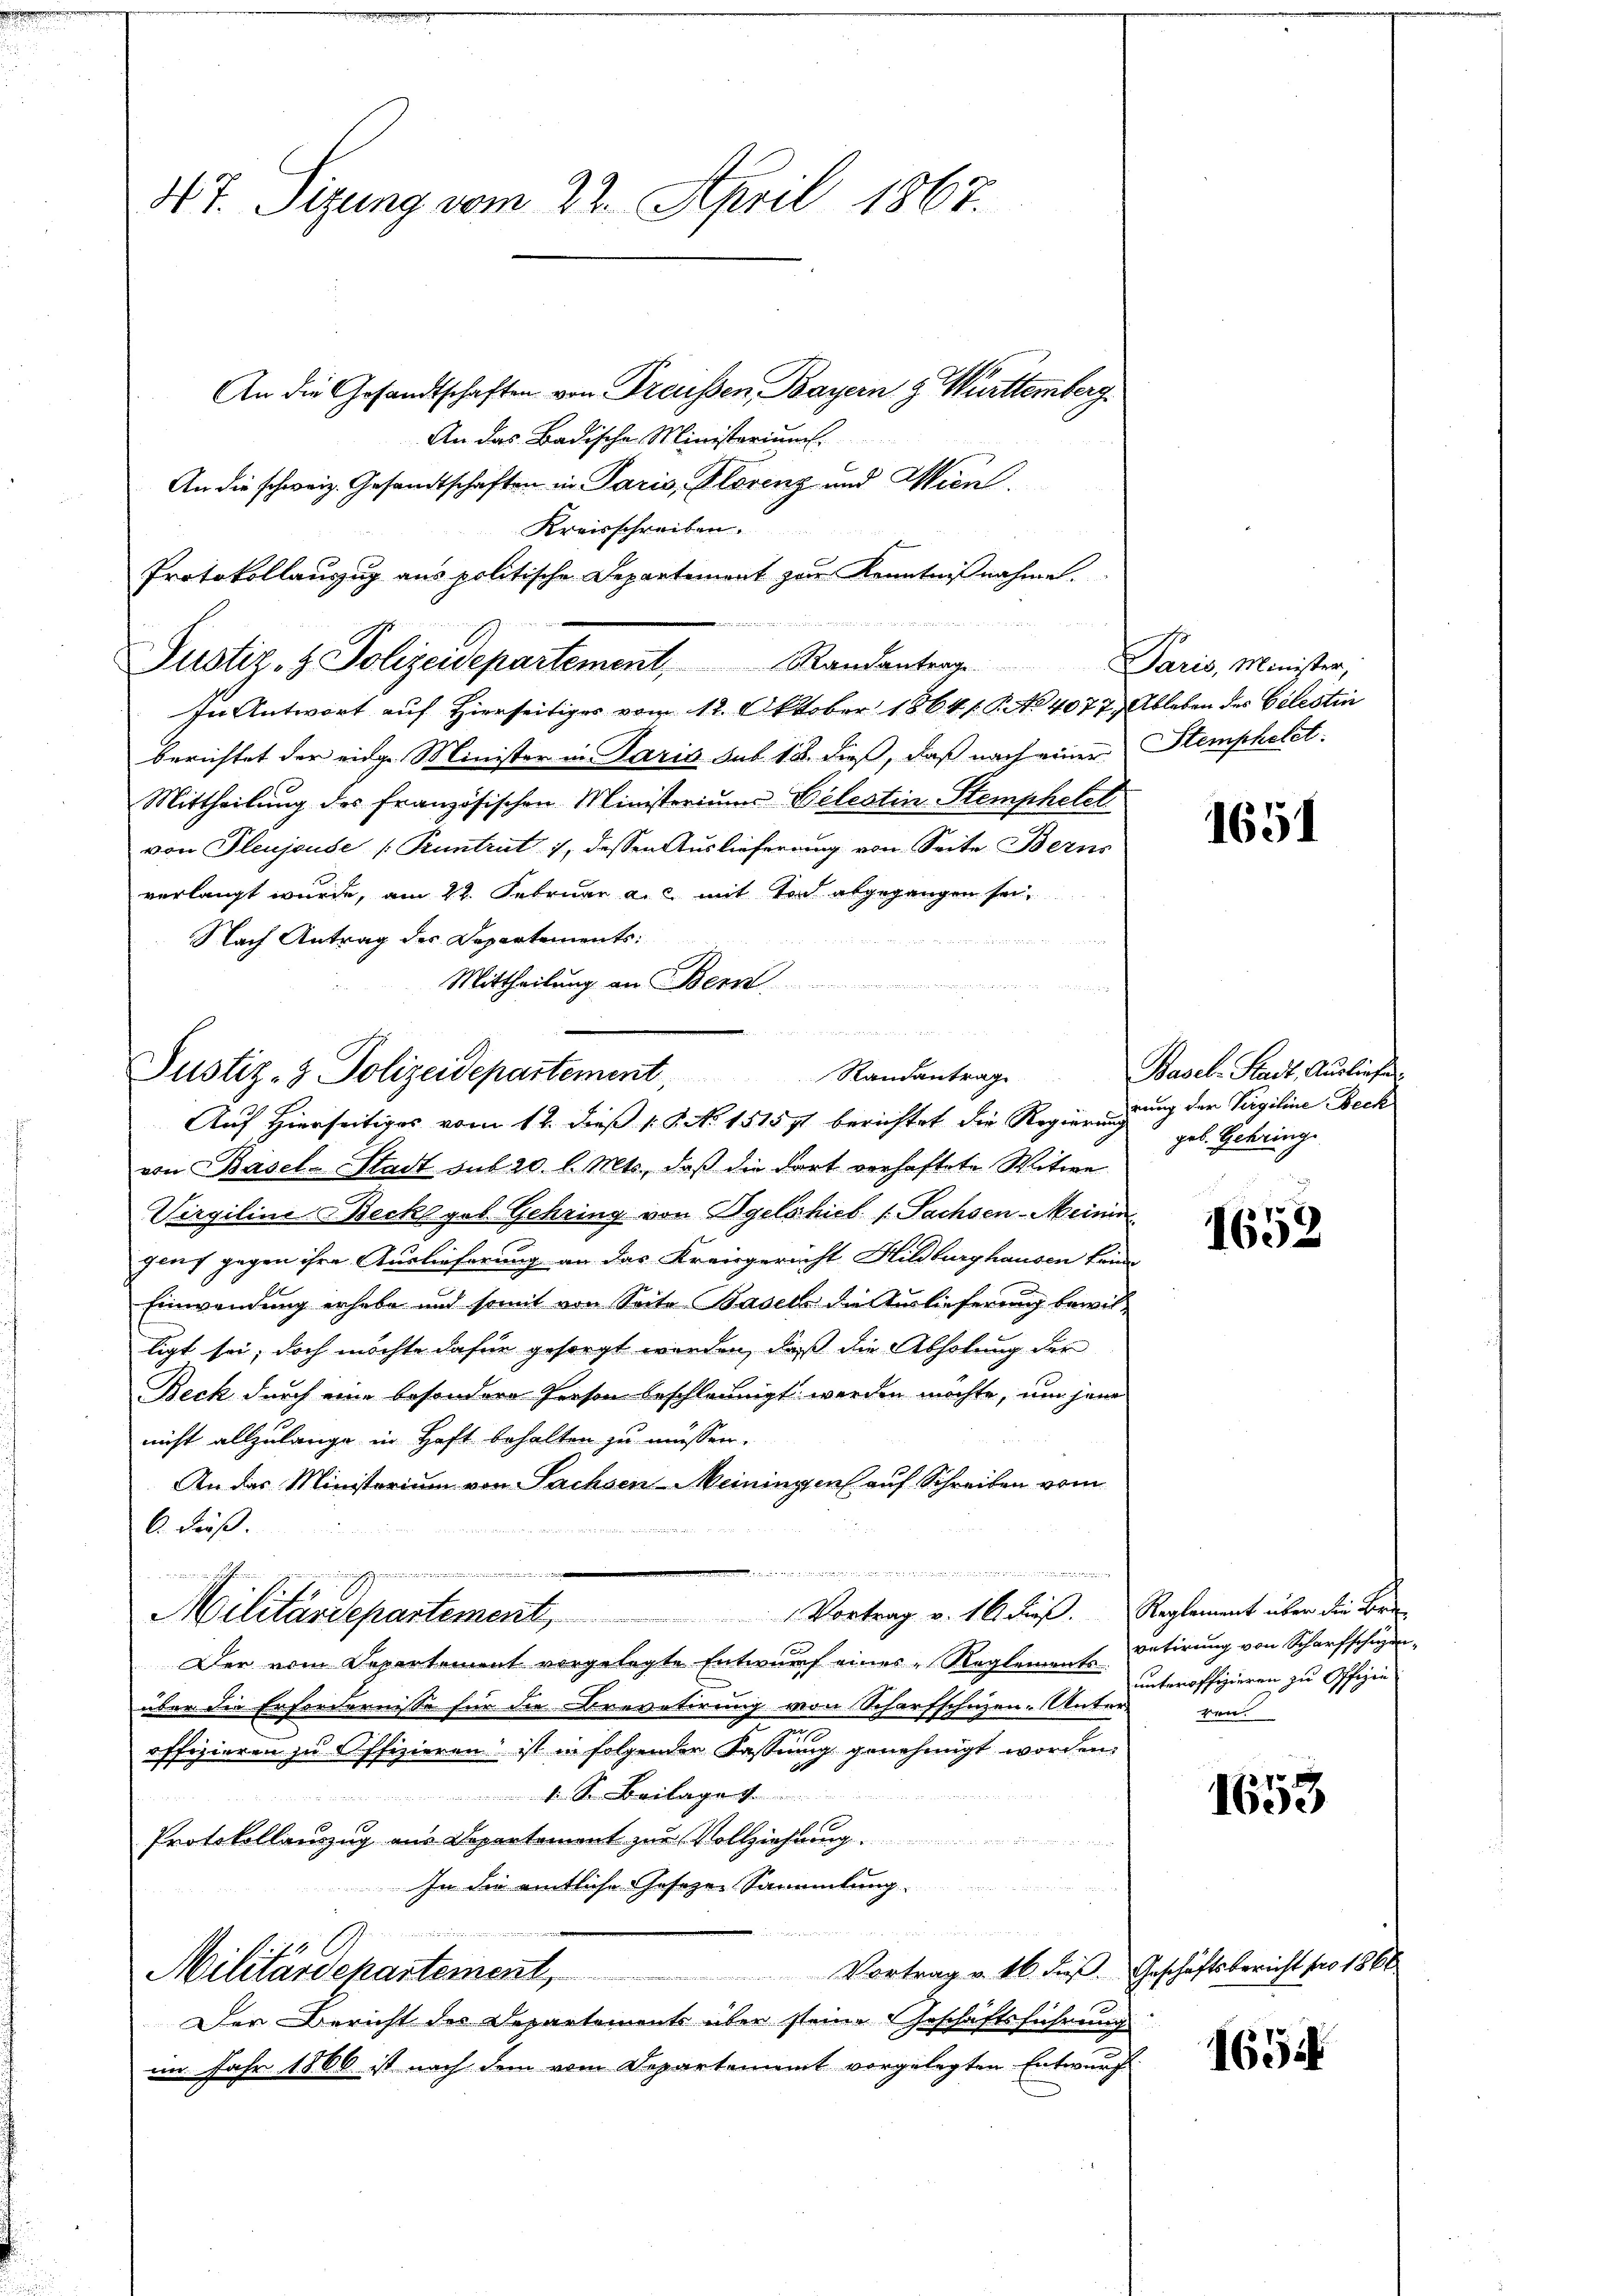
4. 7. Sizung vom 22. April 1867.

An die Gesandtschaften von Dreissen, Bayern & Württemberg.
An das Badische Ministeriums
An die schweiz. Gesandtschaften in Paris, Plorenz und Wien.
Kreisschreiben.
Protokollauszug aus politische Departement zur Kenntnißnahme.
In Antwort auf Hierseitiges vom 12. Oktober 1864 (G. No 4077, Ableben des Celestin
berichtet der eidge Minister in Paris sub. 18. dieß, daß nach einer Stemphetet.
Mittheilung des französischen Ministerium Belestin Stemphetel
von Fleujouse (Kuntrut 7, dessen Auslieferung von Seite Berns
verlangt wurde, am 22. Februar a.c. mit Tod abgegangen sei,
48
Nach Antrag des Departements:
Mittheilung an Bern
Auf Hierseitiges vom 12. dieß 1 S. N. 15157t berichtet die Regierungung der Vergiline Beck
von Basel-Stadt sub 20. l. Mts., daß die dort vorhaftete Witwe
Virgiline Beckegel Gehring von Igels hiel (Sachsen-Meinen
gens gegen ihre Auslieferung an das Kreisgericht Hildburghausen kein
Einwendung erhabe und somit von Seite Basels die Auslieferung bewilligt sei, doch möchte dafür gesorgt werden, daß die Abholung der
Beck durch eine besondere Person beschleunigt werden möchte, um jene
nicht allzulange in Haft behalten zu müssen.
An das Ministerium von Sachsen-Meiningen auf Schreiben vom
C. dieß.
e weiten
..............
din denn in versammenen
Militärdepartement, Vortrag v. 16 dieß. Reglement über die Bei-
Der vom Departement vorgelegte Entwurf eines Reglements-Acteoffizieren zu Offizie
über die Erfordernisse für die Krevetirung von Scharfschuzen-Unterren
m
offizieren zu Offizieren ist in folgender Fassung genehmigt worden,
r
.
Protokollanzug aus Departement zur Vollziehung.
In die amtliche Gesezen Sammlung.
Vortrag v. 16. dieß. Geschäftsbericht pro 1868
Militärdepartement,
Der Bericht des Departements über steine Geschäftsführung
im Jahr 1866 ist nach dem vom Departement vorgelegten Entwurf

Justiz- & Polizeidepartement, Randantrag. Paris, Minister,

Randantrag
Justiz- & Polizeidepartement,

1651

Basel-Stadt, Ausliefer
geb. Gehring.

1652

vetirung von Scharfschnen

1653

1654